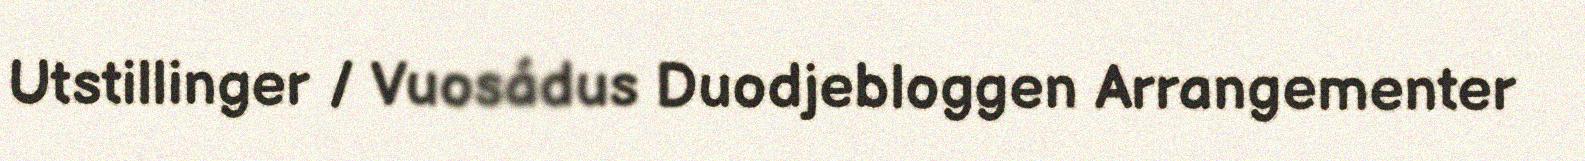
Utstillinger / Vuosádus Duodjebloggen Arrangementer